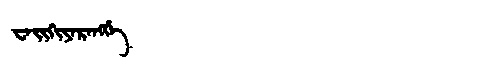
Manchu: ᠸᠠᡳᡴᡳᠶᠠᡵᠠᠩᡤᡝ
Romanization: WAIKIYARANGGE